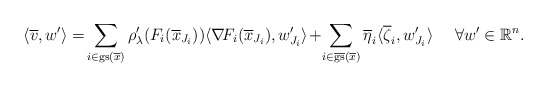
\begin{align*} \langle \overline{v}, w'\rangle=\!\sum_{i\in{\rm gs}(\overline{x})}\rho_{\lambda}'(F_i(\overline{x}_{J_i}))\langle \nabla\!F_i(\overline{x}_{J_i}),w_{J_i}'\rangle\!+\!\sum_{i\in\overline{{\rm gs}}(\overline{x})}\overline{\eta}_i\langle\overline{\zeta}_i,w_{J_i}'\rangle \quad\ \forall w'\in\mathbb{R}^n.\end{align*}